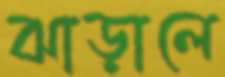
ঝাড়ালে